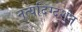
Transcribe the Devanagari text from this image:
नृ्त्यदिग्दर्शन